Scientific memoirs by medical officers of the Army of India - Part VIII,
Year: 1894
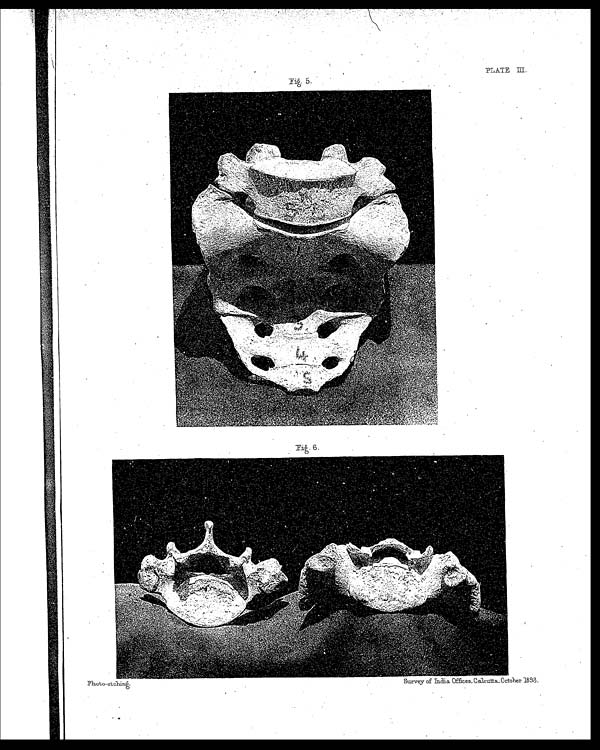
PLATE III.
Photo-etching.
Survey of India. Offices, Calcutta, October 1898.